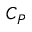
C _ { P }